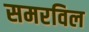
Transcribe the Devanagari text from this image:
समरविल